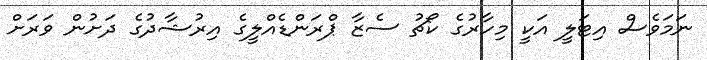
ނަމަވެސް އިޓަލީ އަކީ މިހާރުގެ ކޯޗު ސެޒާ ޕްރަންޑެއްލީގެ އިރުޝާދުގެ ދަށުން ވަރަށް